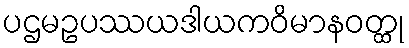
ပဌမဥပဿယဒါယကဝိမာနဝတ္ထု